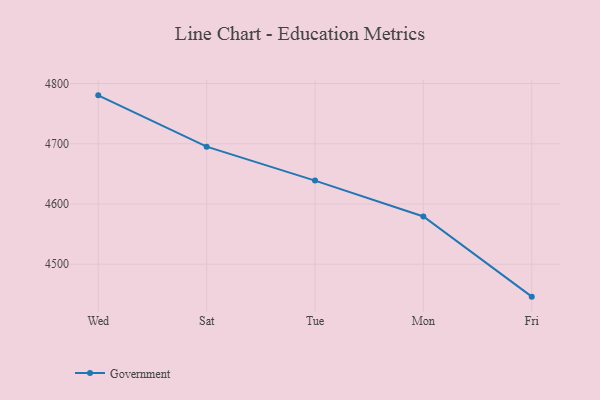
{"axis": {"x": "Day", "y": "Bounce Rate (%)"}, "legend": ["Government"], "data": [{"x": "Wed", "y": 4780.4, "type": "Government"}, {"x": "Sat", "y": 4695.2, "type": "Government"}, {"x": "Tue", "y": 4638.9, "type": "Government"}, {"x": "Mon", "y": 4579.3, "type": "Government"}, {"x": "Fri", "y": 4446.2, "type": "Government"}]}